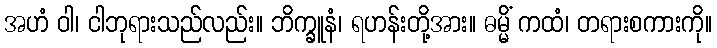
အဟံ ဝါ၊ ငါဘုရားသည်လည်း။ ဘိက္ခူနံ၊ ရဟန်းတို့အား။ ဓမ္မိံ ကထံ၊ တရားစကားကို။